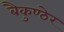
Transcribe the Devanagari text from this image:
बैकुण्ठेर